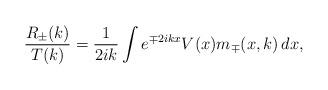
LaTeX: \begin{align*}\frac{R_{\pm}(k)}{T(k)}=\frac{1}{2ik}\int e^{\mp2ikx}V(x)m_{\mp}(x,k)\,dx, \end{align*}